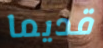
قديما